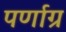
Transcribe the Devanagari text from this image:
पर्णाग्र